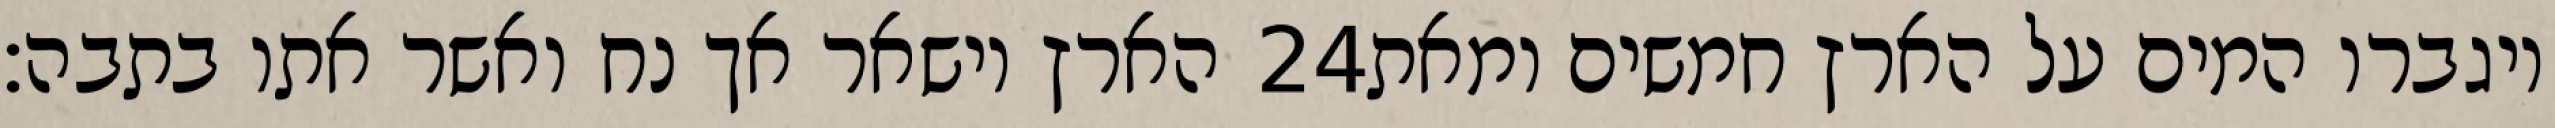
הארץ וישאר אך נח ואשר אתו בתבה׃ ‎24‏ ויגברו המים על הארץ חמשים ומאת